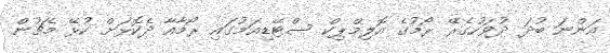
އަންނަ ބުދަ ދުވަހުގެރޭ ރޯމުގެ އޮލިމްޕިކް ސްޓޭޑިއަމުގައި ރޯމާއާ ދެކޮޅަށް ކުޅޭ މެޗުން